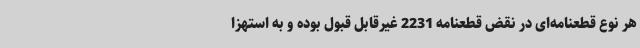
هر نوع قطعنامه‌ای در نقض قطعنامه 2231 غیرقابل قبول بوده و به استهزا